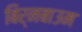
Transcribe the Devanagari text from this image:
बिर्नबाउम